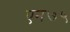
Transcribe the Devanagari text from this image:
एन७५